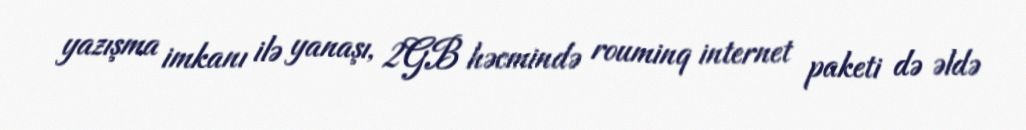
yazışma imkanı ilə yanaşı, 2GB həcmində rouminq internet paketi də əldə